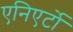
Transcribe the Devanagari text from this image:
एनिएर्टो